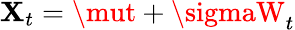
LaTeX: \mathbf{X}_{t}=\mut+\sigmaW_{t}